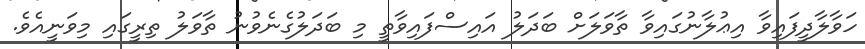
ހަވާލާދީފައިވާ އިޢުލާނުގައިވާ ތާވަލަށް ބަދަލު އައިސްފައިވާތީ މި ބަދަލުގެނެވުނު ތާވަލު ތިރީގައި މިވަނީއެވެ.